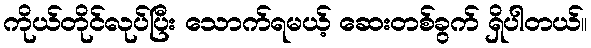
ကိုယ်တိုင်လုပ်ပြီး သောက်ရမယ့် ဆေးတစ်ခွက် ရှိပါတယ်။